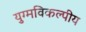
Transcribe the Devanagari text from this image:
युग्मविकल्पीय